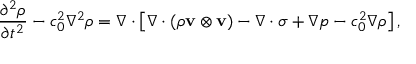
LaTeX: { \frac { \partial ^ { 2 } \rho } { \partial t ^ { 2 } } } - c _ { 0 } ^ { 2 } \nabla ^ { 2 } \rho = \nabla \cdot \left[ \nabla \cdot ( \rho \mathbf { v } \otimes \mathbf { v } ) - \nabla \cdot \sigma + \nabla p - c _ { 0 } ^ { 2 } \nabla \rho \right] ,